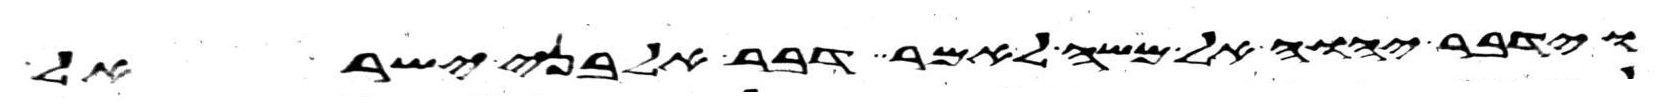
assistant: וידבר יהוה אל משה לאמר דבר אל בני ישראל